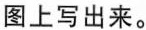
图上写出来。